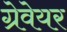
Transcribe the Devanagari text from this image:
ग्रेवेयर